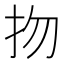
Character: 𢪱